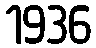
1936